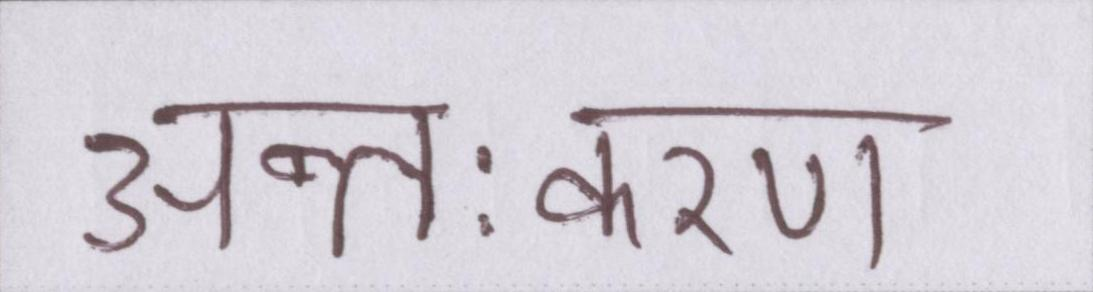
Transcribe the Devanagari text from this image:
अन्तःकरण